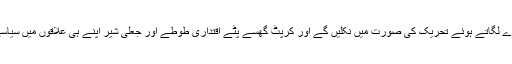
لوگ اللہ اکبر اللہ اکبر کے نعرے لگاتے ہوئے تحریک کی صورت میں نکلیں گے اور کرپٹ گھسے پٹے اقتداری طوطے اور جعلی شیر اپنے ہی علاقوں میں سیاسی طور پر مدفون ہو جائیں گے۔